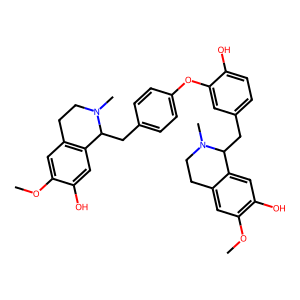
SMILES: COc1cc2c(cc1O)C(Cc1ccc(Oc3cc(CC4c5cc(O)c(OC)cc5CCN4C)ccc3O)cc1)N(C)CC2
Inhibits HIV replication: No